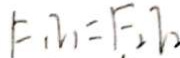
F _ { 1 } I _ { 1 } = F _ { 2 } I _ { 2 }